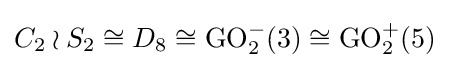
C_{2}\wr S_{2}\cong D_{8}\cong \operatorname {GO} _{2}^{-}(3)\cong \operatorname {GO} _{2}^{+}(5)